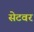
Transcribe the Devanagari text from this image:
सेटवर